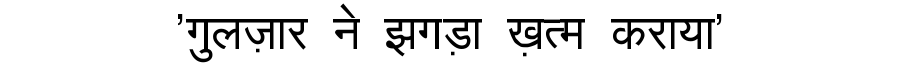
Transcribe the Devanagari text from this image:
'गुलज़ार ने झगड़ा ख़त्म कराया'